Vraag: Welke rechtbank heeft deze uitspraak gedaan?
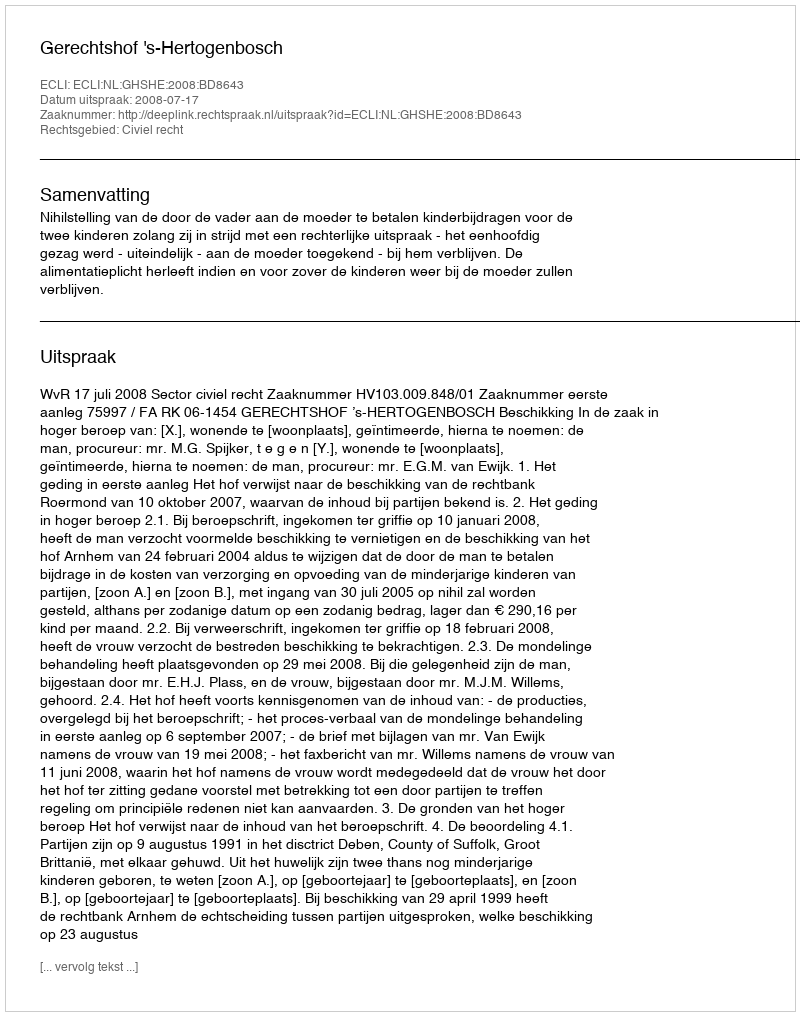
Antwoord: Gerechtshof 's-Hertogenbosch